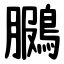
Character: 鵩